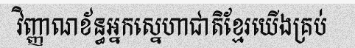
វិញ្ញាណខ័ន្ធអ្នកស្នេហាជាតិខ្មែរយើងគ្រប់